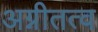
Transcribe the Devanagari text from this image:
अग्नीतत्व